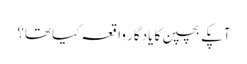
آپکے بچپن کا یادگار واقعہ کیا تھا؟